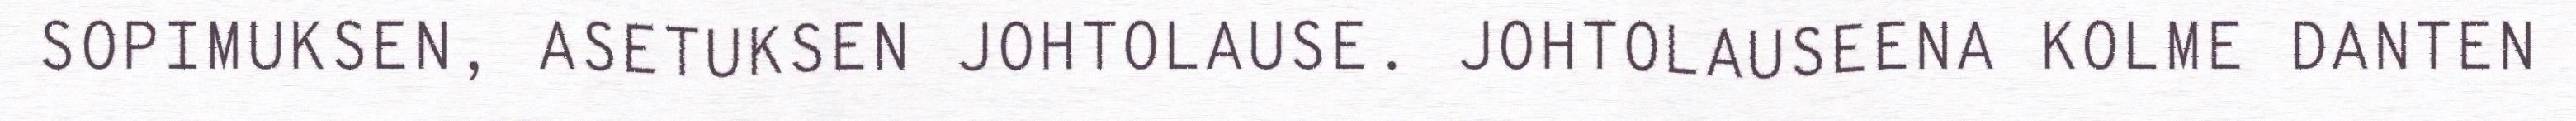
SOPIMUKSEN, ASETUKSEN JOHTOLAUSE. JOHTOLAUSEENA KOLME DANTEN